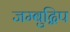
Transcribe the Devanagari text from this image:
जम्बुद्विप